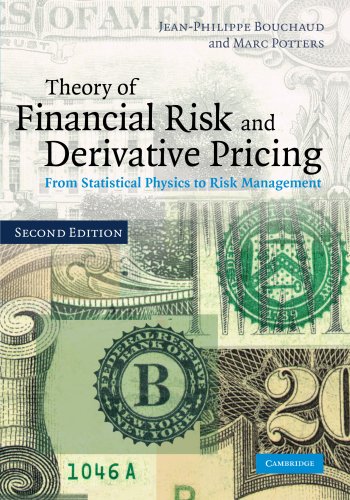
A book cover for Theory of Financial Risk and Derivative Pricing: From Statistical Physics to Risk Management; Jean-Philippe Bouchaud; Business & Money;